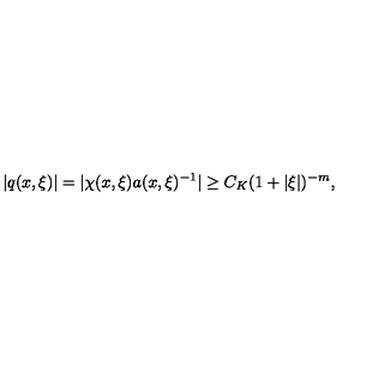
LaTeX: | q ( x , \xi ) | = | \chi ( x , \xi ) a ( x , \xi ) ^ { - 1 } | \geq C _ { K } ( 1 + | \xi | ) ^ { - m } ,